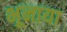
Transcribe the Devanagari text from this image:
भूनाया